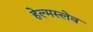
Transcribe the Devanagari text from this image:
हेल्मस्लेव